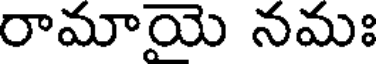
రామాయె నమః